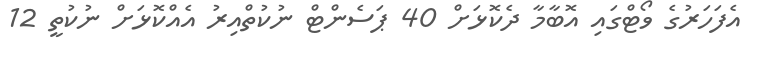
އެފަހަރުގެ ވޯޓްގައި އޮބާމާ ދެކޮޅަށް 40 ޕަސެންޓް ނުކުތްއިރު އެއްކޮޅަށް ނުކުތީ 12